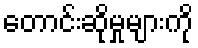
တောင်းဆိုမှုများကို